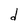
Character: d